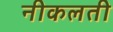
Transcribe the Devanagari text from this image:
नीकलती